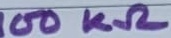
Text: 100KΩ